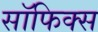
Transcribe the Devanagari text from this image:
सॉफिक्स